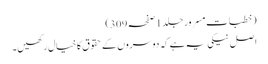
(خطبات مسرور جلد1صفحہ309)
اصل نیکی یہ ہے کہ دوسروں کے حقوق کا خیال رکھیں۔